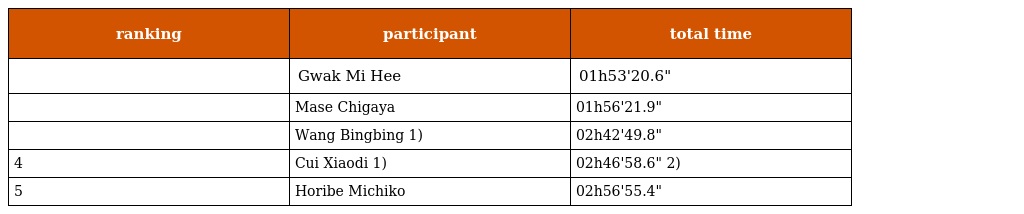
| ranking | participant | total time |
 | --- | --- | --- |
 |  | Gwak Mi Hee | 01h53'20.6" |
 |  | Mase Chigaya | 01h56'21.9" |
 |  | Wang Bingbing 1) | 02h42'49.8" |
 | 4 | Cui Xiaodi 1) | 02h46'58.6" 2) |
 | 5 | Horibe Michiko | 02h56'55.4" |